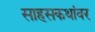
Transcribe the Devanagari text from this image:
साहसकथांवर